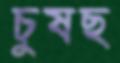
চুষছ